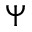
\Psi